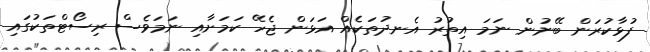
ފުޅާކުރަން ބޭނުން ނަމަ އިތުރު އެނދުތަކެއް އަޅަން ޖެހޭ ކަމަށާއި ނަމަވެސް ރިސޯޓްތަކުގައި